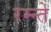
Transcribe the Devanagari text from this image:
रम्न्ते